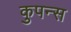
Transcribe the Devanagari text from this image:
कुपन्स